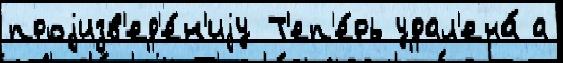
проjизв'ед'е́н'иjу Т'еп'е́рь удал'ена́ а